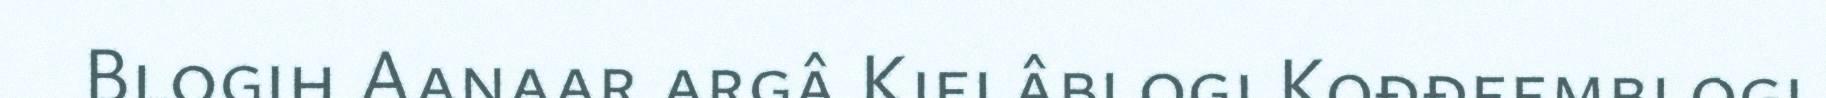
Blogih Aanaar argâ Kielâblogi Kođđeemblogi